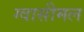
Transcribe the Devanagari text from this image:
ग्वासीमल